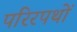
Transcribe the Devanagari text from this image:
परिरपथों